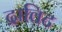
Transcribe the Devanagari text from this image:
द्राविट